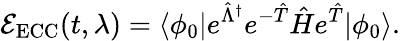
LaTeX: \mathcal E_{\mathrm{ECC}}(t,\lambda)=\langle\phi_{0}\vert e^{\hat{\Lambda}^{\dagger}}e^{-\hat{T}}\hat{H}e^{\hat{T}}\vert\phi_{0}\rangle.